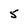
Character: 5